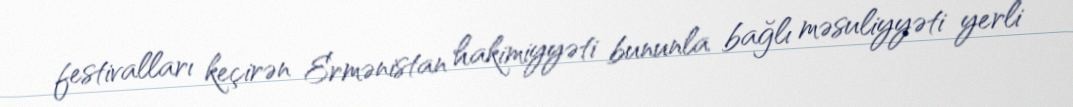
festivalları keçirən Ermənistan hakimiyyəti bununla bağlı məsuliyyəti yerli